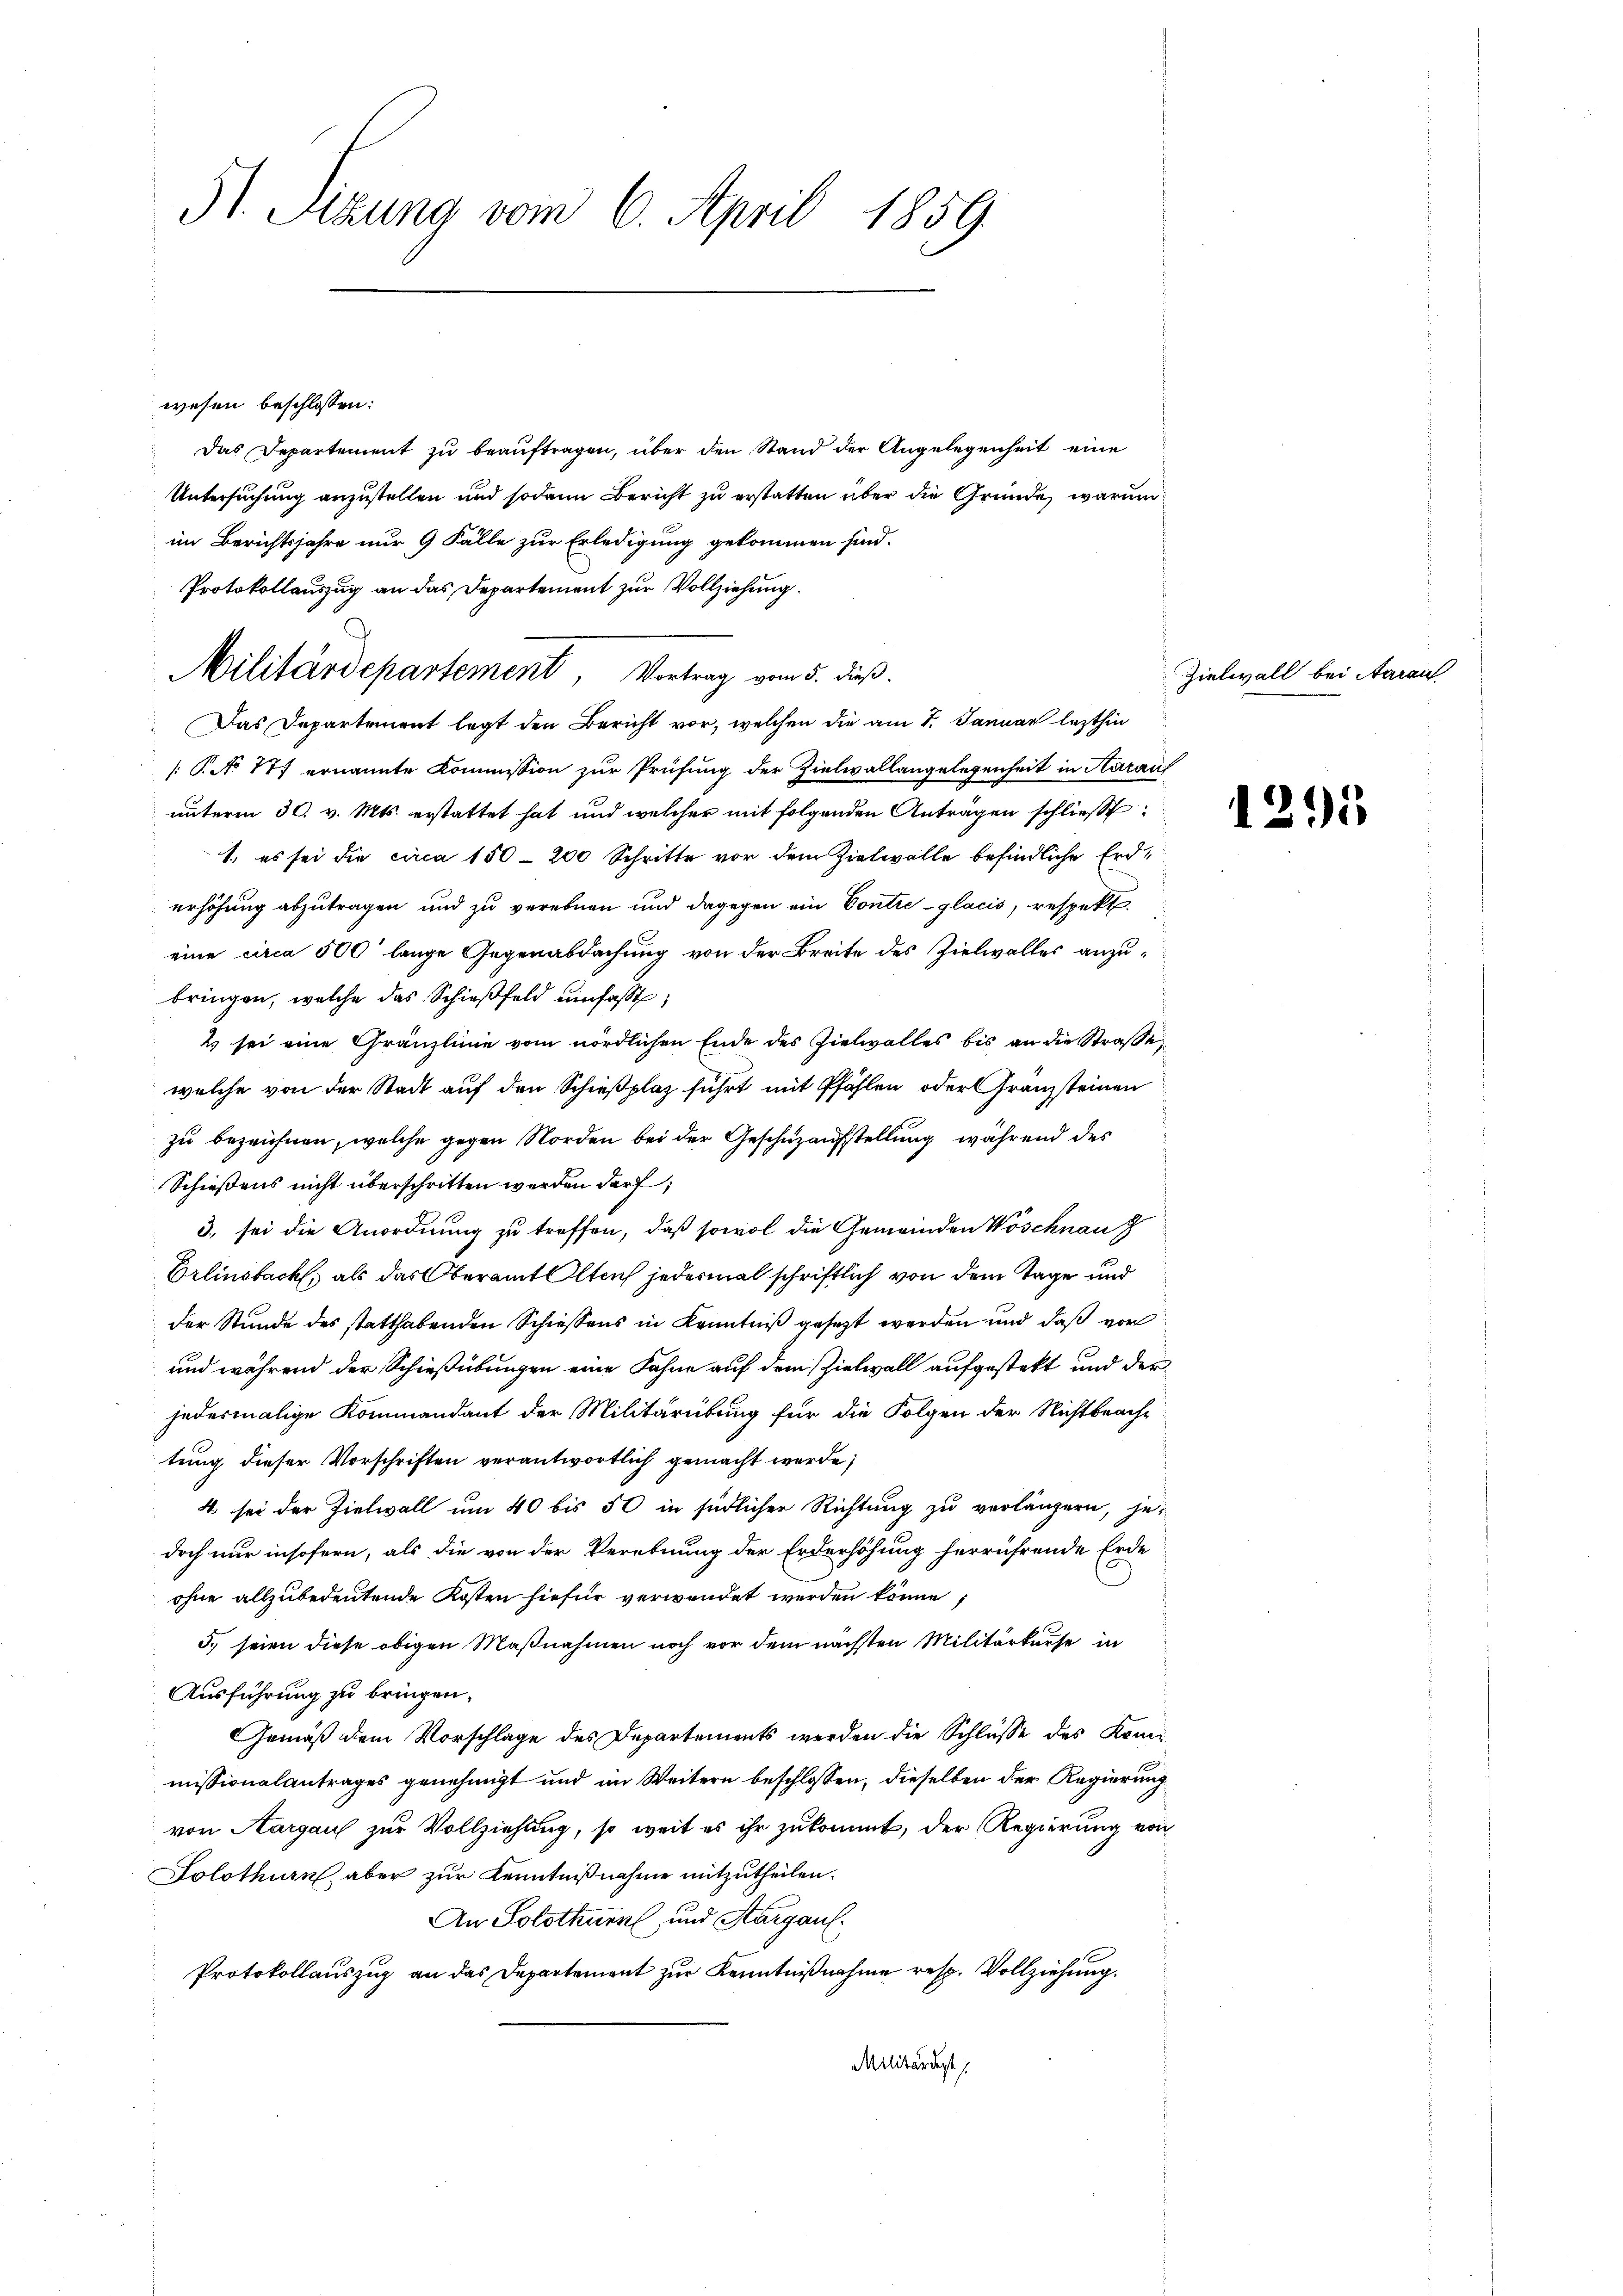
31. Sitzung vom 6. April 1859.

wesen beschlossen:
Das Departement zu beaŭftragen, über den Stand der Angelegenheit eine
Untersuchung anzustellen und sodann Bericht zu erstatten über die Gründe, warum
im Berichtsjahre nur 9 Fälle zur Erledigung gekommen sind.
Protokollauszug an das Departement zur Vollziehung.
Militärdepartement Vortrag vom 5. dieß.
Das Departement legt den Bericht vor, welchen die am 1. Januar lezthin
[P.No 117 ernannte Kommission zur Prüfung der Zielwallangelegenheit in Aaraus
unterm 30. v. Mts. erstattet hat, und welcher mit folgenden Anträgen schließt:
1. es sei die circa 150 - 200 Schritte vor dem Zielwalle befindliche Erderhöhung abzutragen und zu verebnen und dagegen ein Contre-glacis, respekt.
eine circa 500' lange Gegenabdachung von der Breite des Zielwalles anzubringen, welche das Schieβfeld umfasst,
2 sei eine Gränzlinie vom nördlichen Ende des Zielwalles bis an die Straße,
welche von der Stadt auf den Schießplaz führt mit Pfählen oder Granzsteinen
zu bezeichnen, welche gegen Norden bei der Geschuzaufstellung während des
Schießens nicht überschritten werden darf;
3. sei die Anordnung zu treffen, daß sowol die Gemeinden Wöschnau
Erlinsbacht, als das Oberamt Altauch jedermal schriftlich von dem Tage und
der Stunde des statthabenden Schiessens in Kenntniß gesezt werden und daß vor
und während der Schießübungen eine Fahne auf dem Zielwall aufgestekt und der
jedermalige Kommandant der Militärübung für die Folgen der Nichtbeachtung dieser Vorschriften verantwortlich gemacht werde;
4. sei der Zielwall um 40 bis 50 in südlicher Richtung zu verlängern, jedoch nur insofern, als die von der Verebnung der Erderhöhung herrührende Erde
ohne allzubedeutende Kosten hiefür verwendet werden könne;
5. seien diese obigen Maßnahmen noch vor dem nächsten Militärkurse in
Ausführung zu bringen.
Gemäß dem Vorschlage des Departements werden die Schlüsse des Kommissionalantrages genehmigt und im Weitern beschlossen, dieselben der Regierung
von Aargau zur Vollziehung, so weit es ihr zukommt, der Regierung von
Solothurn, aber zur Kenntnißnahme mitzutheilen.
An Solothurn und Aargau.
Protokollauszug an das Departement zur Kenntnißnahme resp. Vollziehung.
Militärdept

Zielwall bei Aarau

1295